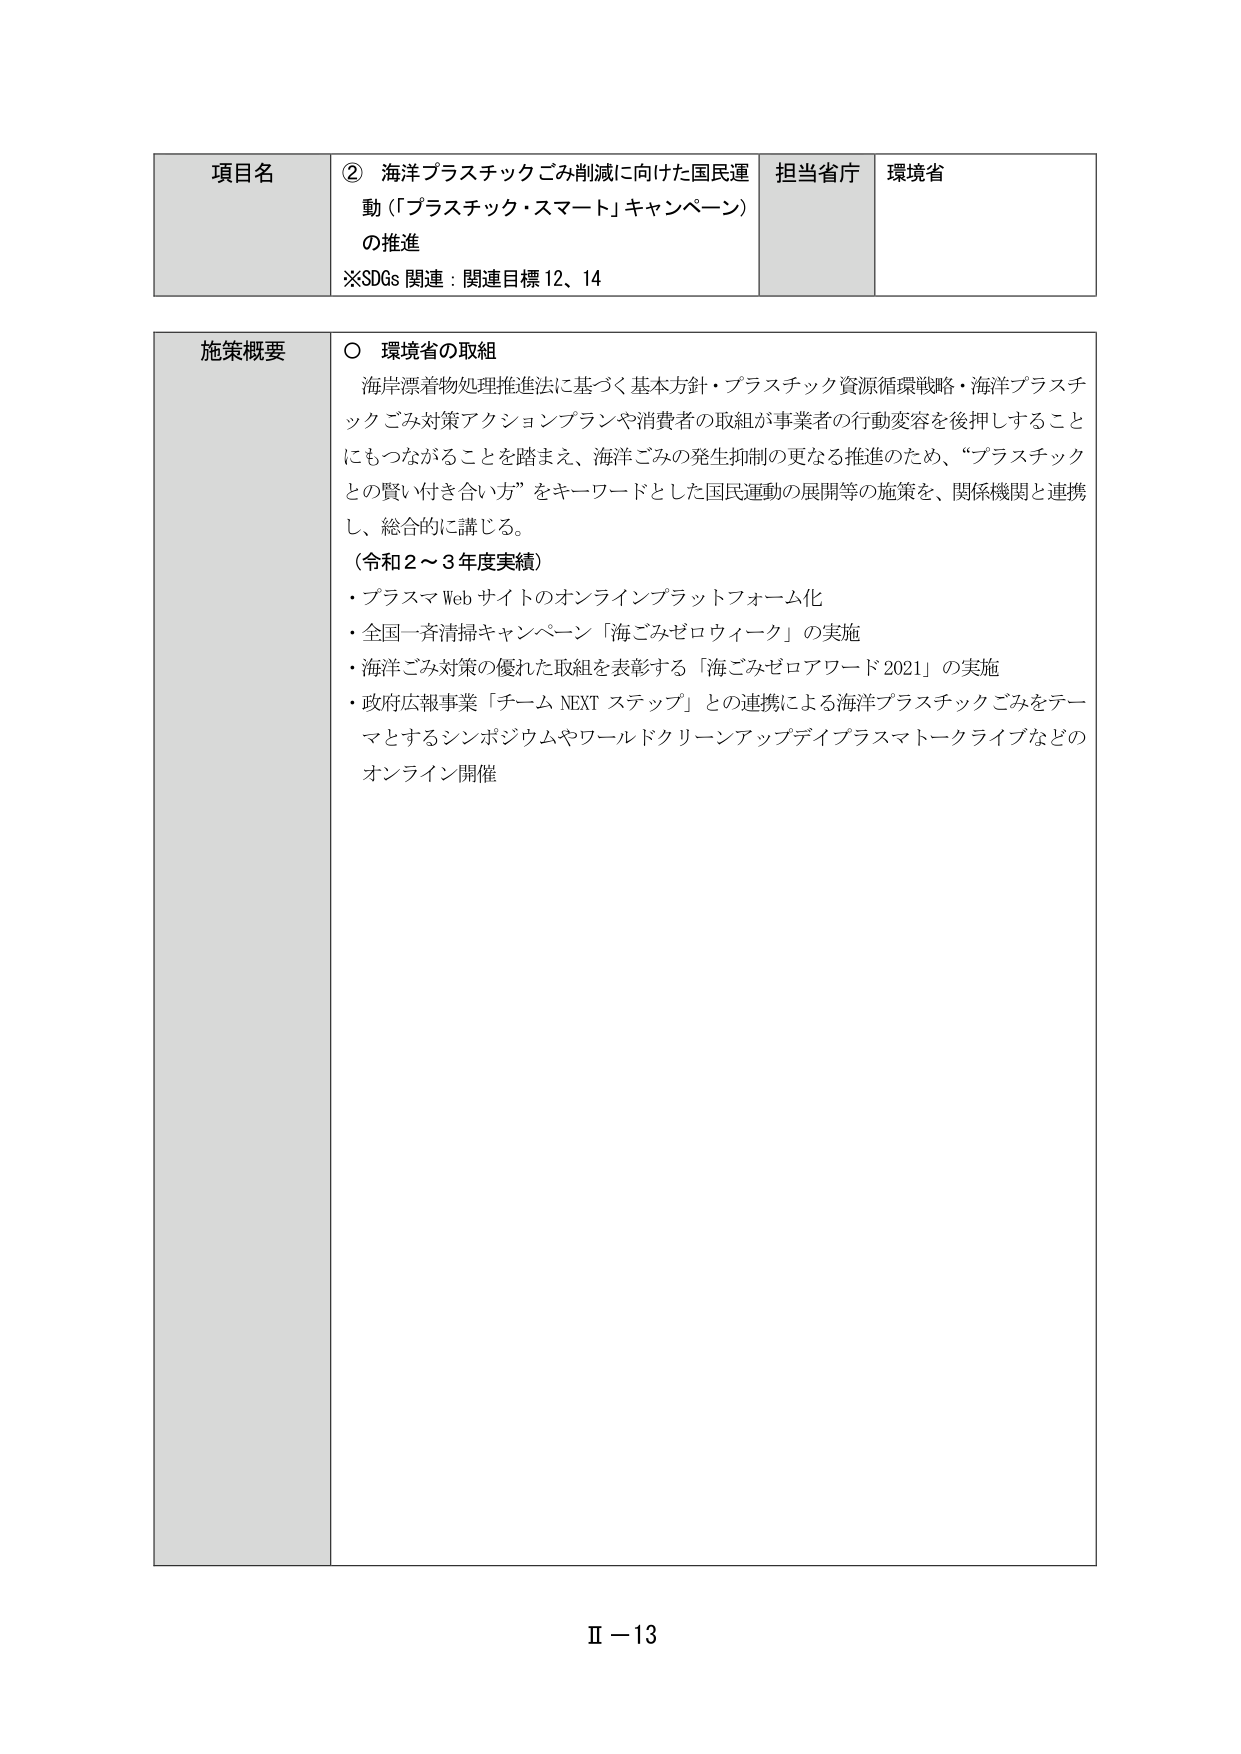
項目名 ② 海洋プラスチックごみ削減に向けた国民運動（「プラスチック・スマート」キャンペーン）の推進
※SDGs 関連：関連目標 12、14
担当省庁 環境省

施策概要
〇 環境省の取組
　海岸漂着物処理推進法に基づく基本方針・プラスチック資源循環戦略・海洋プラスチックごみ対策アクションプランや消費者の取組が事業者の行動変容を後押しすることにもつながることを踏まえ、海洋ごみの発生抑制の更なる推進のため、“プラスチックとの賢い付き合い方”をキーワードとした国民運動の展開等の施策を、関係機関と連携し、総合的に講じる。
（令和2～3年度実績）
・プラスマWebサイトのオンラインプラットフォーム化
・全国一斉清掃キャンペーン「海ごみゼロウィーク」の実施
・海洋ごみ対策の優れた取組を表彰する「海ごみゼロアワード2021」の実施
・政府広報事業「チームNEXTステップ」との連携による海洋プラスチックごみをテーマとするシンポジウムやワールドクリーンアップデイプラスマトークライブなどのオンライン開催

Ⅱ－13